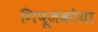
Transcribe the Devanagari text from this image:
गिपूजकोया